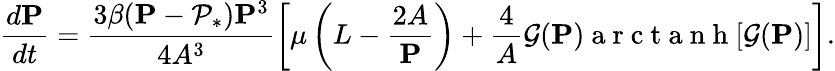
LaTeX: \frac{d\mathbf{P}}{dt}=\frac{3\beta(\mathbf{P}-\mathcal{P}_{*})\mathbf{P}^{3}}{4A^{3}}\left[\mu\left(L-{\frac{2A}{\mathbf{P}}}\right)+{\frac{4}{A}}{\mathcal{G}}(\mathbf{P}){\mathrm{~a~r~c~t~a~n~h~}[{\mathcal{G}}(\mathbf{P})]}\right].